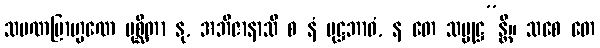
သမဏဗြာဟ္မဏေ ပုစ္ဆိတာ နု, အဘိဇာနာသိ စ နံ ပုဋ္ဌဘာဝံ, န တေ သမ္မုဋ္ဌ”န္တိ။ သစေ တေ